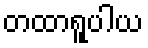
တထာရူပါယ